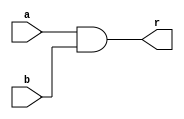
`timescale 1ns / 1ns
module AND(
    input [31:0] a,
    input [31:0] b,
    output [31:0] r
    );
    assign r=a&b;
endmodule